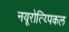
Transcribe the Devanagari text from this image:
नयूरोत्य्पिकल